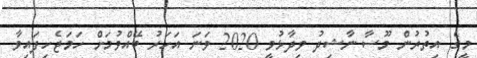
މީގެ އިތުރުން މޫސާ ނާޝިދު ވިދާޅުވީ 2020 ވަނަ އަހަރު ބޭއްވުމަށް ހަމަޖެހިފައިވާ